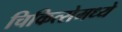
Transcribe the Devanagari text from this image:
चिकित्सेमध्ये